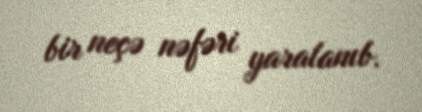
bir neçə nəfəri yaralanıb.